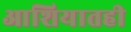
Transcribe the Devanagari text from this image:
आशियातही